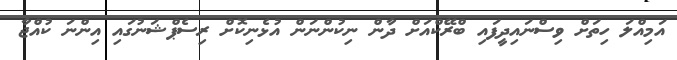
އަމިއްލަ ހިތަށް ވިސްނައިދީފައި ބްރޭކްއަށް ދާން ނިކުންނަން އުޅެނިކޮށް ރިސެޕްޝަނުގައި އިންނަ ކުއްޖާ